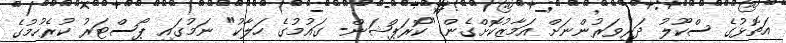
އަތޮޅުގެ ސްކޫލު ދަރިވަރުންނަށް އަމާޒުކޮށްގެން "ކޮރަޕްޝަން- ގައުމުގެ ހަލާކު" ނަމުގައި ޕޯސްޓަރު ކުރެހުމުގެ